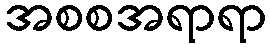
အစစအရာရာ